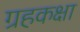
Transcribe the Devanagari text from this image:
ग्रहकक्षा